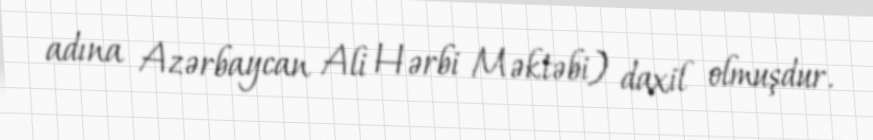
adına Azərbaycan Ali Hərbi Məktəbi) daxil olmuşdur.